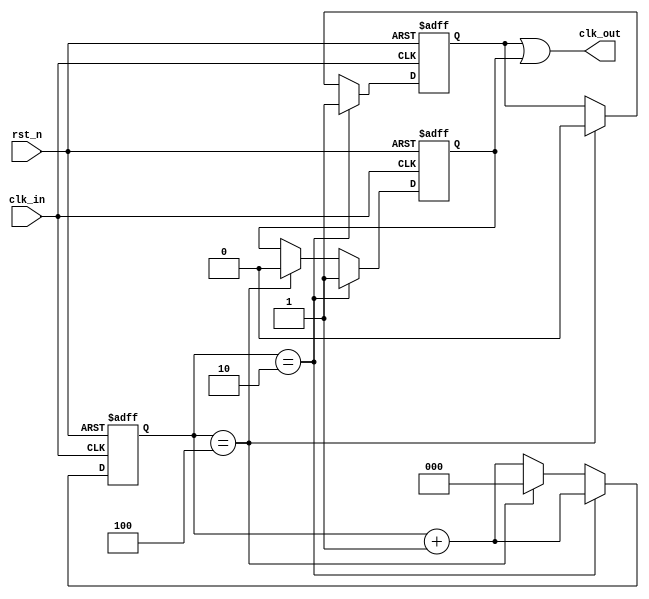
module clk_divider #(
  parameter dividor = 5
) (
  input  wire clk_in,
  input  wire rst_n,
  output wire clk_out
);

  localparam rise_edge_cnt = (dividor - 1) >> 1;

  reg clk_div_pos;
  reg clk_div_neg;
  reg [$clog2(dividor)-1:0] clk_cnt;

  assign clk_out = clk_div_pos | clk_div_neg;

  always @(posedge clk_in or negedge rst_n) begin
    if(~rst_n) begin
      clk_div_pos <= 1'b0;
      clk_cnt <= '0;
    end else begin
      if (clk_cnt == rise_edge_cnt) begin
        clk_div_pos <= 1'b1;
        clk_cnt <= clk_cnt + 1'b1;
      end else if (clk_cnt == dividor - 1) begin
        clk_div_pos <= 1'b0;
        clk_cnt <= '0;
      end else begin
        clk_cnt <= clk_cnt + 1'b1;
      end
    end
  end

  always @(negedge clk_in or negedge rst_n) begin
    if(~rst_n) begin
      clk_div_neg <= 1'b0;
    end else begin
      if (clk_cnt == rise_edge_cnt) begin
        clk_div_neg <= 1'b1;
      end else if (clk_cnt == dividor - 1) begin
        clk_div_neg <= 1'b0;
      end
    end
  end

endmodule